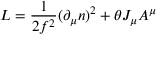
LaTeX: L = { \frac { 1 } { 2 { f } ^ { 2 } } } ( \partial _ { \mu } n ) ^ { 2 } + \theta J _ { { \mu } } A ^ { \mu }